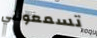
تسمعونني